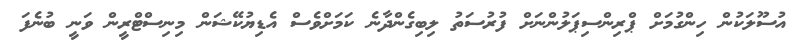
އުސޫލަކުން ހިންގުމަށް ޕްރިންސިޕަލުންނަށް ފުރުސަތު ލިބިގެންދާނެ ކަމަށްވެސް އެޑިޔުކޭޝަން މިނިސްޓްރީން ވަނީ ބުނެފަ